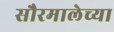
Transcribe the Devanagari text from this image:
सौरमालेच्या